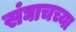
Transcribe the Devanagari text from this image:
संघाचच्या